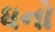
ધનો